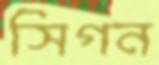
সিগন